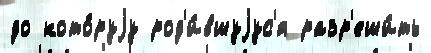
до кото́руjу род'и́вшуjус'я разр'еши́ть